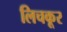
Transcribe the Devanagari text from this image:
लिचकूर